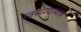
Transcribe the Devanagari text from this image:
स्वसंप्रदायास